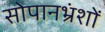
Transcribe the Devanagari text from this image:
सोपानभ्रंशों